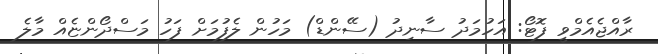
ރާއްޖެއެމްވީ ފޮޓޯ: އަހުމަދު ސާނިދު (ސޭންޑް) މަހުން ލެފުމަށް ފަހު މަސްދޯންޏެއް މާލެ